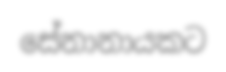
සේනානායකට